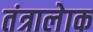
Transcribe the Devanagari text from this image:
तंत्रालेाक